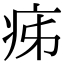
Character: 㾅